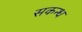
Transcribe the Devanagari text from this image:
सकन्ध